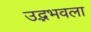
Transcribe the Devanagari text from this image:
उद्भभवला